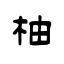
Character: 柚